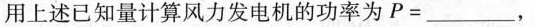
用上述已知量计算风力发电机的功率为P=___，